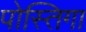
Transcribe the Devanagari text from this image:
पोस्तिगा